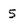
Character: 5